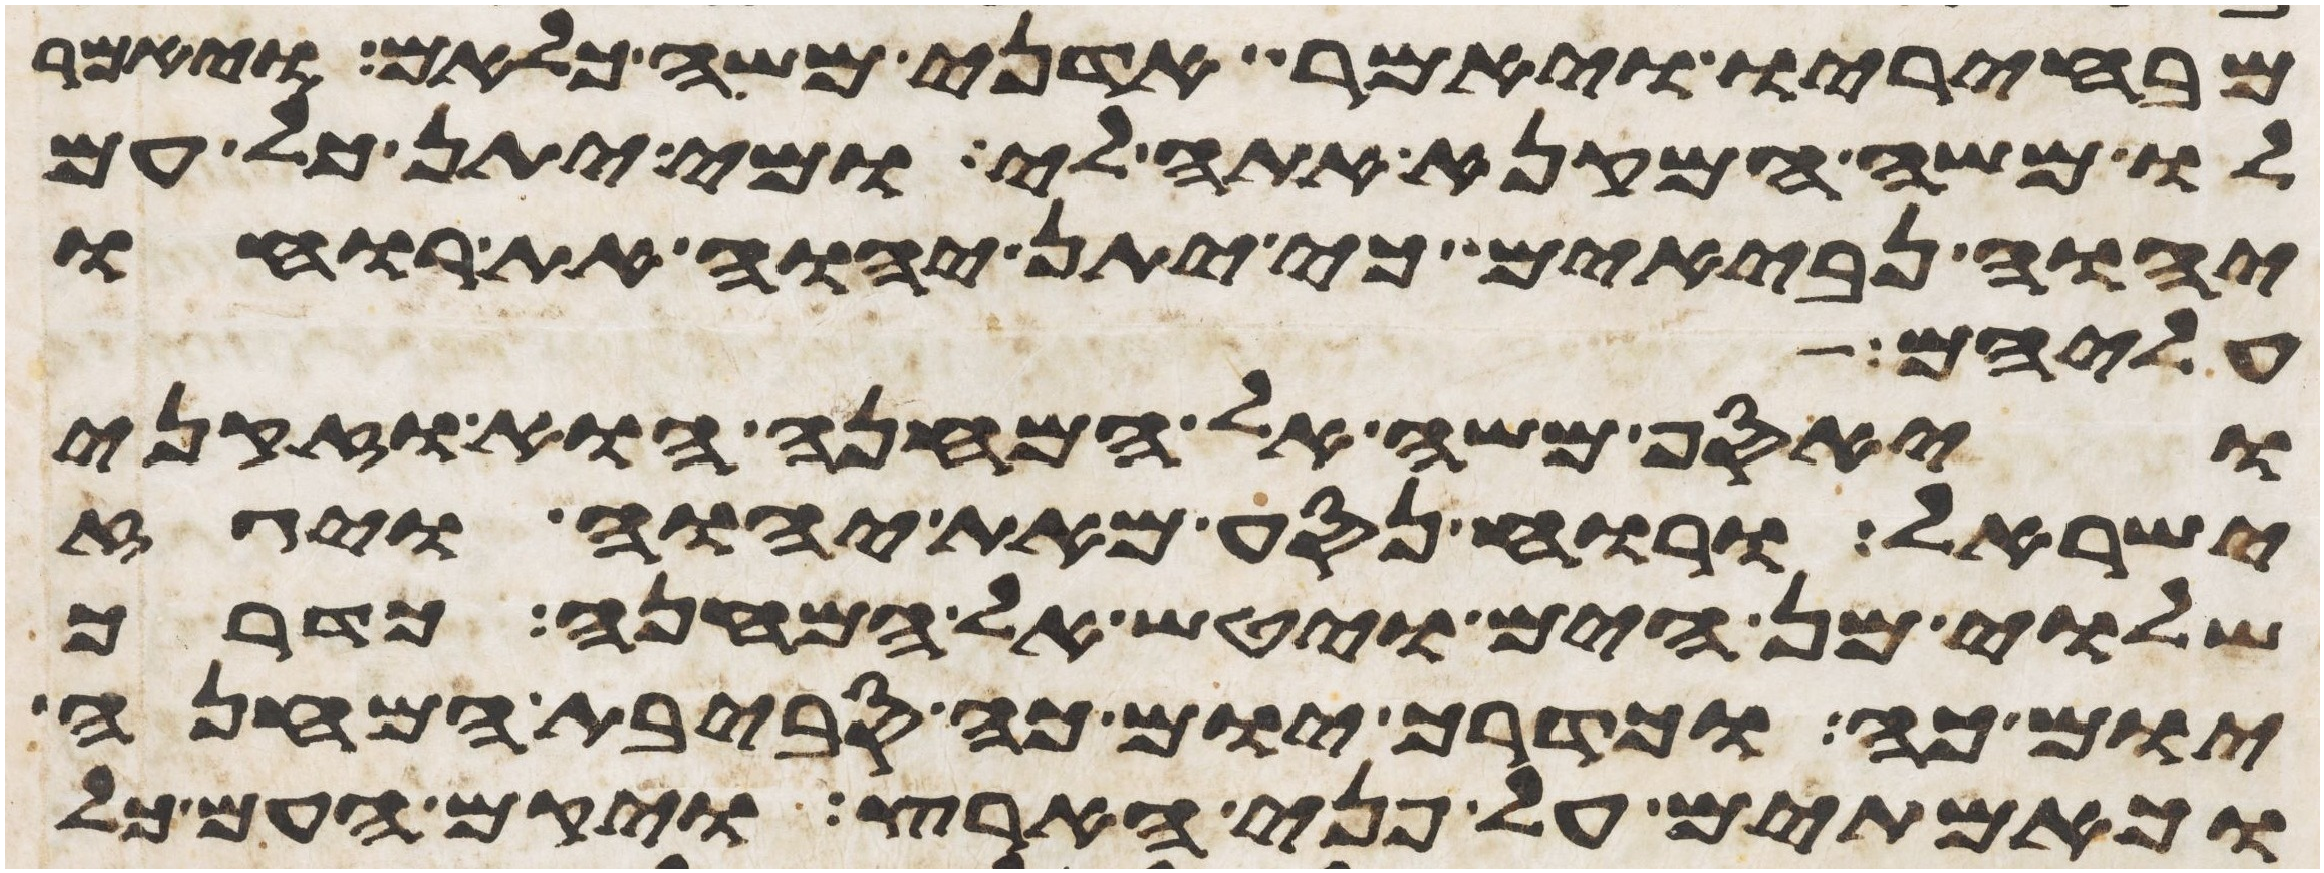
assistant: מבחיריו ויאמר אדני משה כלאם ויאמר
לו משה המקנא אתה לי ומי יתן כל עם
יהוה נביאים כי יתן יהוה את רוחו
עליהם
ויאסף משה אל המחנה הוא וזקני
ישראל ורוח נסע מאת יהוה ויגז
שלוי מן הים ויטש אל המחנה כדרך
יום כה וכדרך יום כה סביבת המחנה
וכאמתים על פני הארץ ויקם העם כל